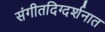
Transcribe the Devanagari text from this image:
संगीतदिग्दर्शनात